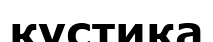
кустика